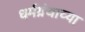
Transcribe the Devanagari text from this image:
धर्मग्रंथाच्या